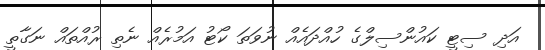
އަދި ސިޓީ ކައުންސިލްގެ ހުއްދައެއް ނުވަތަ ކޯޓު އަމުރެއް ނެތި ރުއްތައް ނަގާތީ